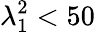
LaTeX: \lambda_{1}^{2}<50